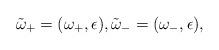
LaTeX: \begin{align*}\tilde{\omega}_+=(\omega_+,\epsilon), \tilde{\omega}_-=(\omega_-,\epsilon),\end{align*}